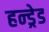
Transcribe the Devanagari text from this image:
हन्ड्रेड